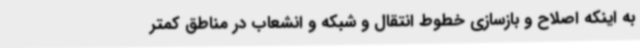
به اینکه اصلاح و بازسازی خطوط انتقال و شبکه و انشعاب در مناطق کمتر